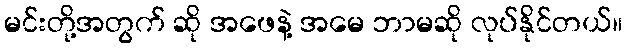
မင်းတို့အတွက် ဆို အဖေနဲ့ အမေ ဘာမဆို လုပ်နိုင်တယ်။